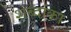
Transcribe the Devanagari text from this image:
शब्दांका